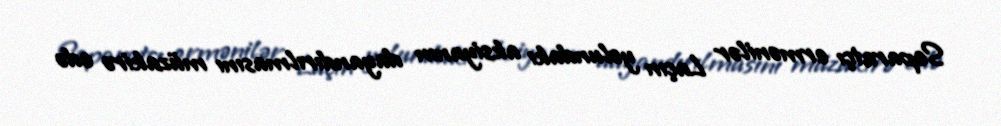
Separatçı ermənilər Laçın yolundakı aksiyanın dayandırılmasını müzakirə edə